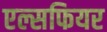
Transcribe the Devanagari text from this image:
एल्सफियर